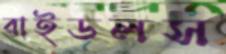
রাইডলস